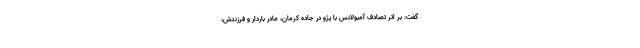
گفت: بر اثر تصادف آمبولانس با پژو در جاده کرمان، مادر باردار و فرزندش،